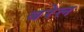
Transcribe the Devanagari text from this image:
बरेल